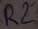
Text: R2